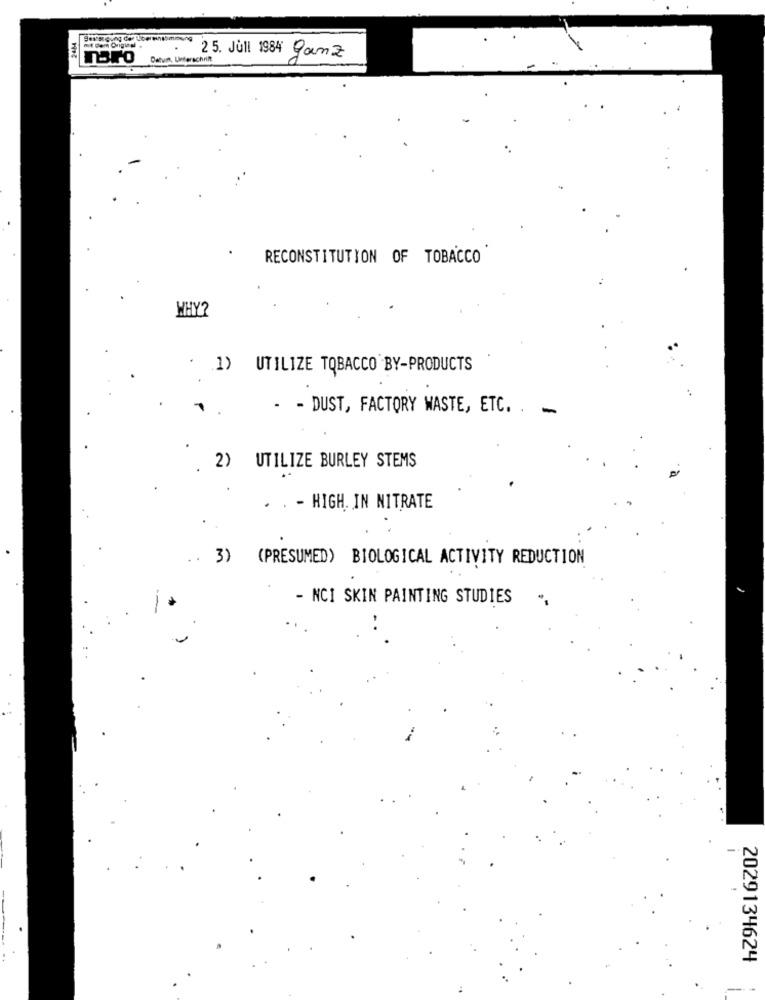
2414
ng
Toro
Datum, Unterschrift
25. Jull 1984 Ganz
RECONSTITUTION OF TOBACCO
WHY?
1)
UTILIZE TOBACCO BY-PRODUCTS
- - DUST, FACTORY WASTE, ETC. . .
2) UTILIZE BURLEY STEMS
. . - HIGH. IN NITRATE
.
..
3) (PRESUMED) BIOLOGICAL ACTIVITY REDUCTION
- NCI SKIN PAINTING STUDIES
2029134624